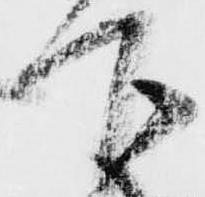
下